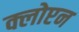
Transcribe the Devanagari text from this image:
क्लोप्टन